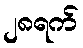
၂၈ရက်